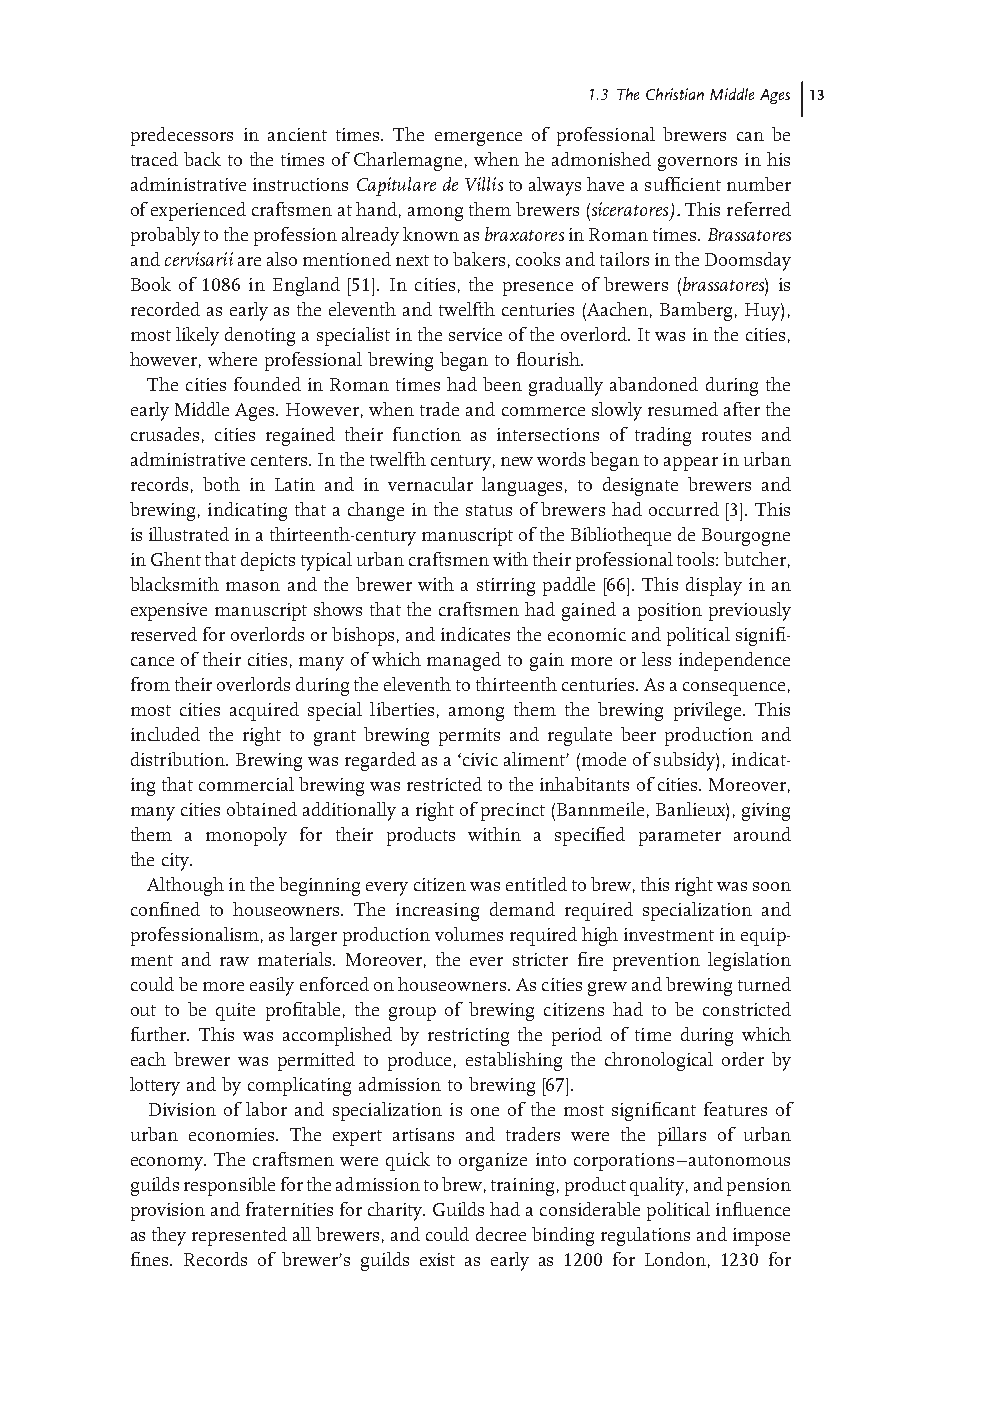
1.3 The Christian Middle Ages 13
 predecessors in ancient times. The emergence of professional brewers can be
 traced back to the times of Charlemagne, when he admonished governors in his
 administrative instructions C apitulare de Villis to always have a suffi cient number
 of experienced craftsmen at hand, among them brewers (s iceratores). This referred
 probably to the profession already known as b raxatores in Roman times. B rassatores
 and cervisarii are also mentioned next to bakers, cooks and tailors in the Doomsday
 Book of 1086 in England [ 51] . In cities, the presence of brewers ( brassatores ) is
 recorded as early as the eleventh and twelfth centuries (Aachen, Bamberg, Huy),
 most likely denoting a specialist in the service of the overlord. It was in the cities,
 however, where professional brewing began to fl ourish.
 The cities founded in Roman times had been gradually abandoned during the
 early Middle Ages. However, when trade and commerce slowly resumed after the
 crusades, cities regained their function as intersections of trading routes and
 administrative centers. In the twelfth century, new words began to appear in urban
 records, both in Latin and in vernacular languages, to designate brewers and
 brewing, indicating that a change in the status of brewers had occurred [ 3] . This
 is illustrated in a thirteenth- century manuscript of the Bibliotheque de Bourgogne
 in Ghent that depicts typical urban craftsmen with their professional tools: butcher,
 blacksmith mason and the brewer with a stirring paddle [ 66] . This display in an
 expensive manuscript shows that the craftsmen had gained a position previously
 reserved for overlords or bishops, and indicates the economic and political signifi -
 cance of their cities, many of which managed to gain more or less independence
 from their overlords during the eleventh to thirteenth centuries. As a consequence,
 most cities acquired special liberties, among them the brewing privilege. This
 included the right to grant brewing permits and regulate beer production and
 distribution. Brewing was regarded as a ‘ civic aliment ’ (mode of subsidy), indicat-
 ing that commercial brewing was restricted to the inhabitants of cities. Moreover,
 many cities obtained additionally a right of precinct (Bannmeile, Banlieux), giving
 them a monopoly for their products within a specifi ed parameter around
 the city.
 Although in the beginning every citizen was entitled to brew, this right was soon
 confi ned to houseowners. The increasing demand required specialization and
 professionalism, as larger production volumes required high investment in equip-
 ment and raw materials. Moreover, the ever stricter fi re prevention legislation
 could be more easily enforced on houseowners. As cities grew and brewing turned
 out to be quite profi table, the group of brewing citizens had to be constricted
 further. This was accomplished by restricting the period of time during which
 each brewer was permitted to produce, establishing the chronological order by
 lottery and by complicating admission to brewing [ 67] .
 Division of labor and specialization is one of the most signifi cant features of
 urban economies. The expert artisans and traders were the pillars of urban
 economy. The craftsmen were quick to organize into corporations – autonomous
 guilds responsible for the admission to brew, training, product quality, and pension
 provision and fraternities for charity. Guilds had a considerable political infl uence
 as they represented all brewers, and could decree binding regulations and impose
 fi nes. Records of brewer’ s guilds exist as early as 1200 for London, 1230 for